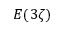
E ( 3 \zeta )